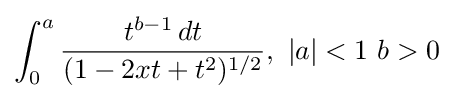
\int _{0}^{a}{\frac {t^{b-1}\,dt}{(1-2xt+t^{2})^{1/2}}},\ |a|<1\ b>0